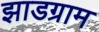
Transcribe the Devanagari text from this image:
झाडग्राम